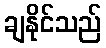
ချနိုင်သည်